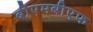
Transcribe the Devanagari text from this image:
बीएमबीएफ